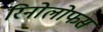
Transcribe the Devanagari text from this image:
रिनोलोफस